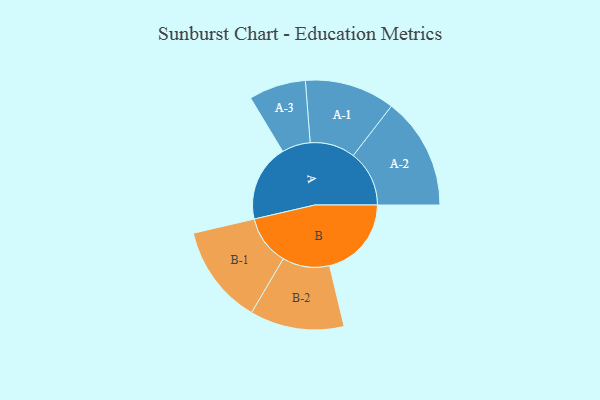
{"axis": {"x": "Segment", "y": "Value"}, "legend": ["", "A", "B"], "data": [{"x": "A", "y": 381, "type": ""}, {"x": "B", "y": 405, "type": ""}, {"x": "A-1", "y": 223, "type": "A"}, {"x": "A-2", "y": 277, "type": "A"}, {"x": "A-3", "y": 141, "type": "A"}, {"x": "B-1", "y": 246, "type": "B"}, {"x": "B-2", "y": 233, "type": "B"}]}